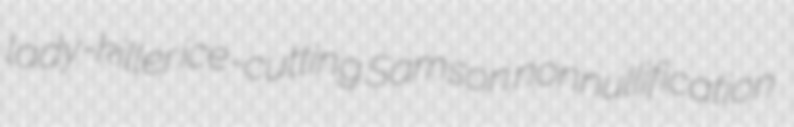
lady-killer ice-cutting Samson nonnullification